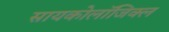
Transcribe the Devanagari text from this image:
सायकोलाॅजिक्ल